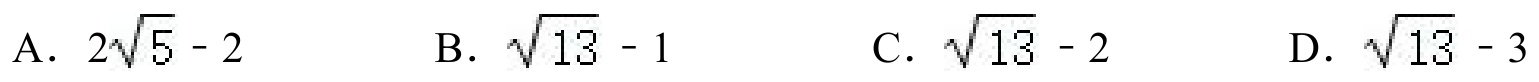
A. \(2\sqrt{5}-2\)  B. \(\sqrt{13}-1\)  C. \(\sqrt{13}-2\)  D. \(\sqrt{13}-3\)